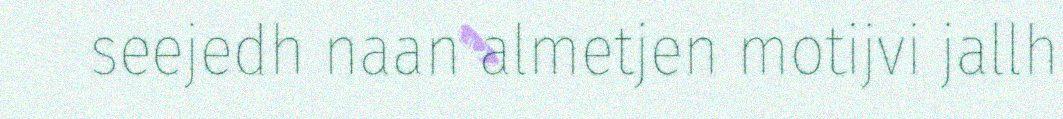
seejedh naan almetjen motijvi jallh